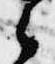
之